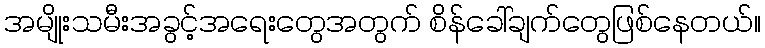
အမျိုးသမီးအခွင့်အရေးတွေအတွက် စိန်ခေါ်ချက်တွေဖြစ်နေတယ်။